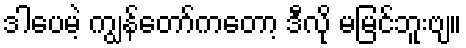
ဒါပေမဲ့ ကျွန်တော်ကတော့ ဒီလို မမြင်ဘူးဗျ။